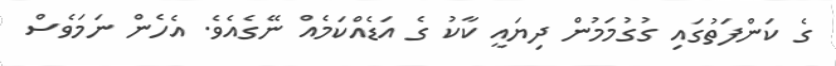
ގެ ކަންފަތުގައި ގުގުމަމުން ދިޔައީ ކާކު ގެ އަޑެއްކަމެއް ނޭގެއެވެ. އެހެން ނަމަވެސް